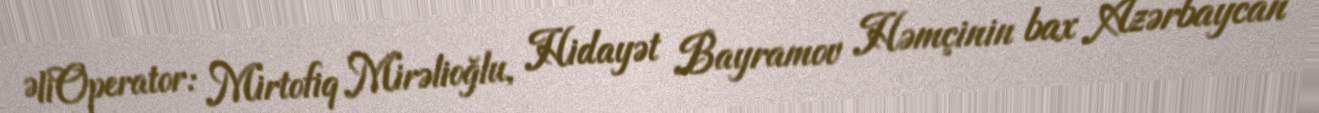
ƏliOperator: Mirtofiq Mirəlioğlu, Hidayət Bayramov Həmçinin bax Azərbaycan